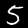
Digit: 5